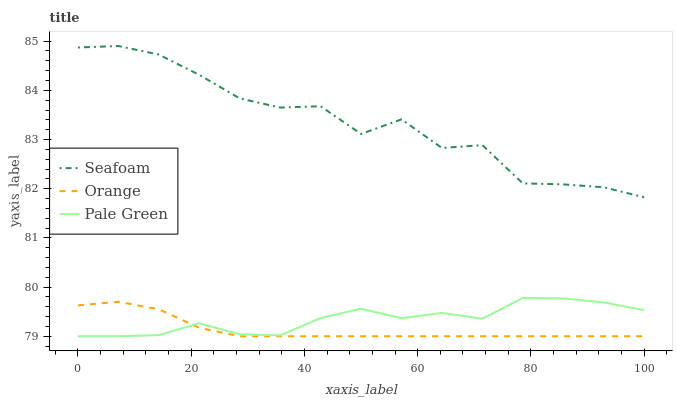
| xaxis_label | Seafoam | Orange | Pale Green |
 | --- | --- | --- | --- |
 | 0 | 84.9 | 79.6 | 79 |
 | 7.14 | 84.9 | 79.7 | 79 |
 | 14.3 | 84.7 | 79.5 | 79 |
 | 21.4 | 84.3 | 79.2 | 79.3 |
 | 28.6 | 83.8 | 79 | 79 |
 | 35.7 | 83.6 | 79 | 79 |
 | 42.9 | 83.7 | 79 | 79.4 |
 | 50 | 83.1 | 79 | 79.6 |
 | 57.1 | 83.4 | 79 | 79.4 |
 | 64.3 | 82.8 | 79 | 79.5 |
 | 71.4 | 82.9 | 79 | 79.4 |
 | 78.6 | 82.1 | 79 | 79.8 |
 | 85.7 | 82.1 | 79 | 79.8 |
 | 92.9 | 82 | 79 | 79.7 |
 | 100 | 81.8 | 79 | 79.5 |